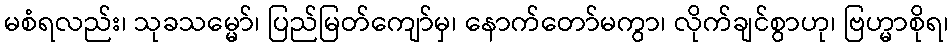
မစံရလည်း၊ သုခသမ္မော်၊ ပြည်မြတ်ကျော်မှ၊ နောက်တော်မကွာ၊ လိုက်ချင်စွာဟု၊ ဗြဟ္မာစိုရ၊